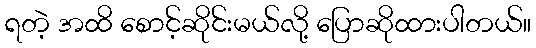
ရတဲ့ အထိ စောင့်ဆိုင်းမယ်လို့ ပြောဆိုထားပါတယ်။